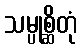
သမ္ပုစ္ဆိတုံ